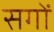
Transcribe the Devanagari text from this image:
सगों